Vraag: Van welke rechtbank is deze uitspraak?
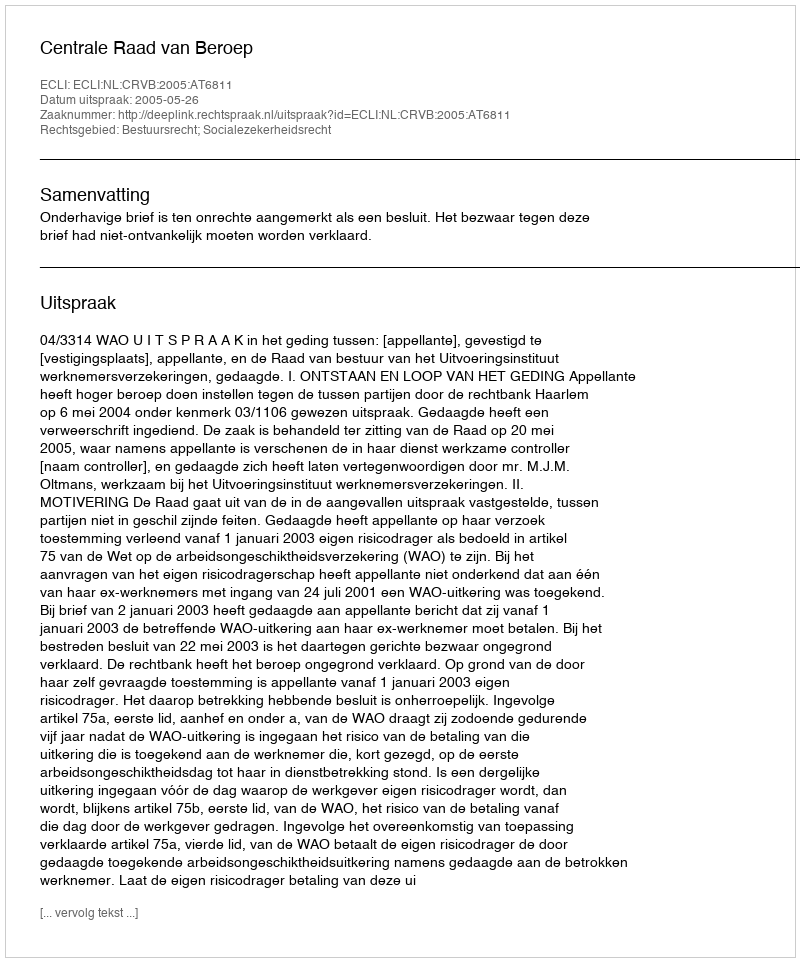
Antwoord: Centrale Raad van Beroep